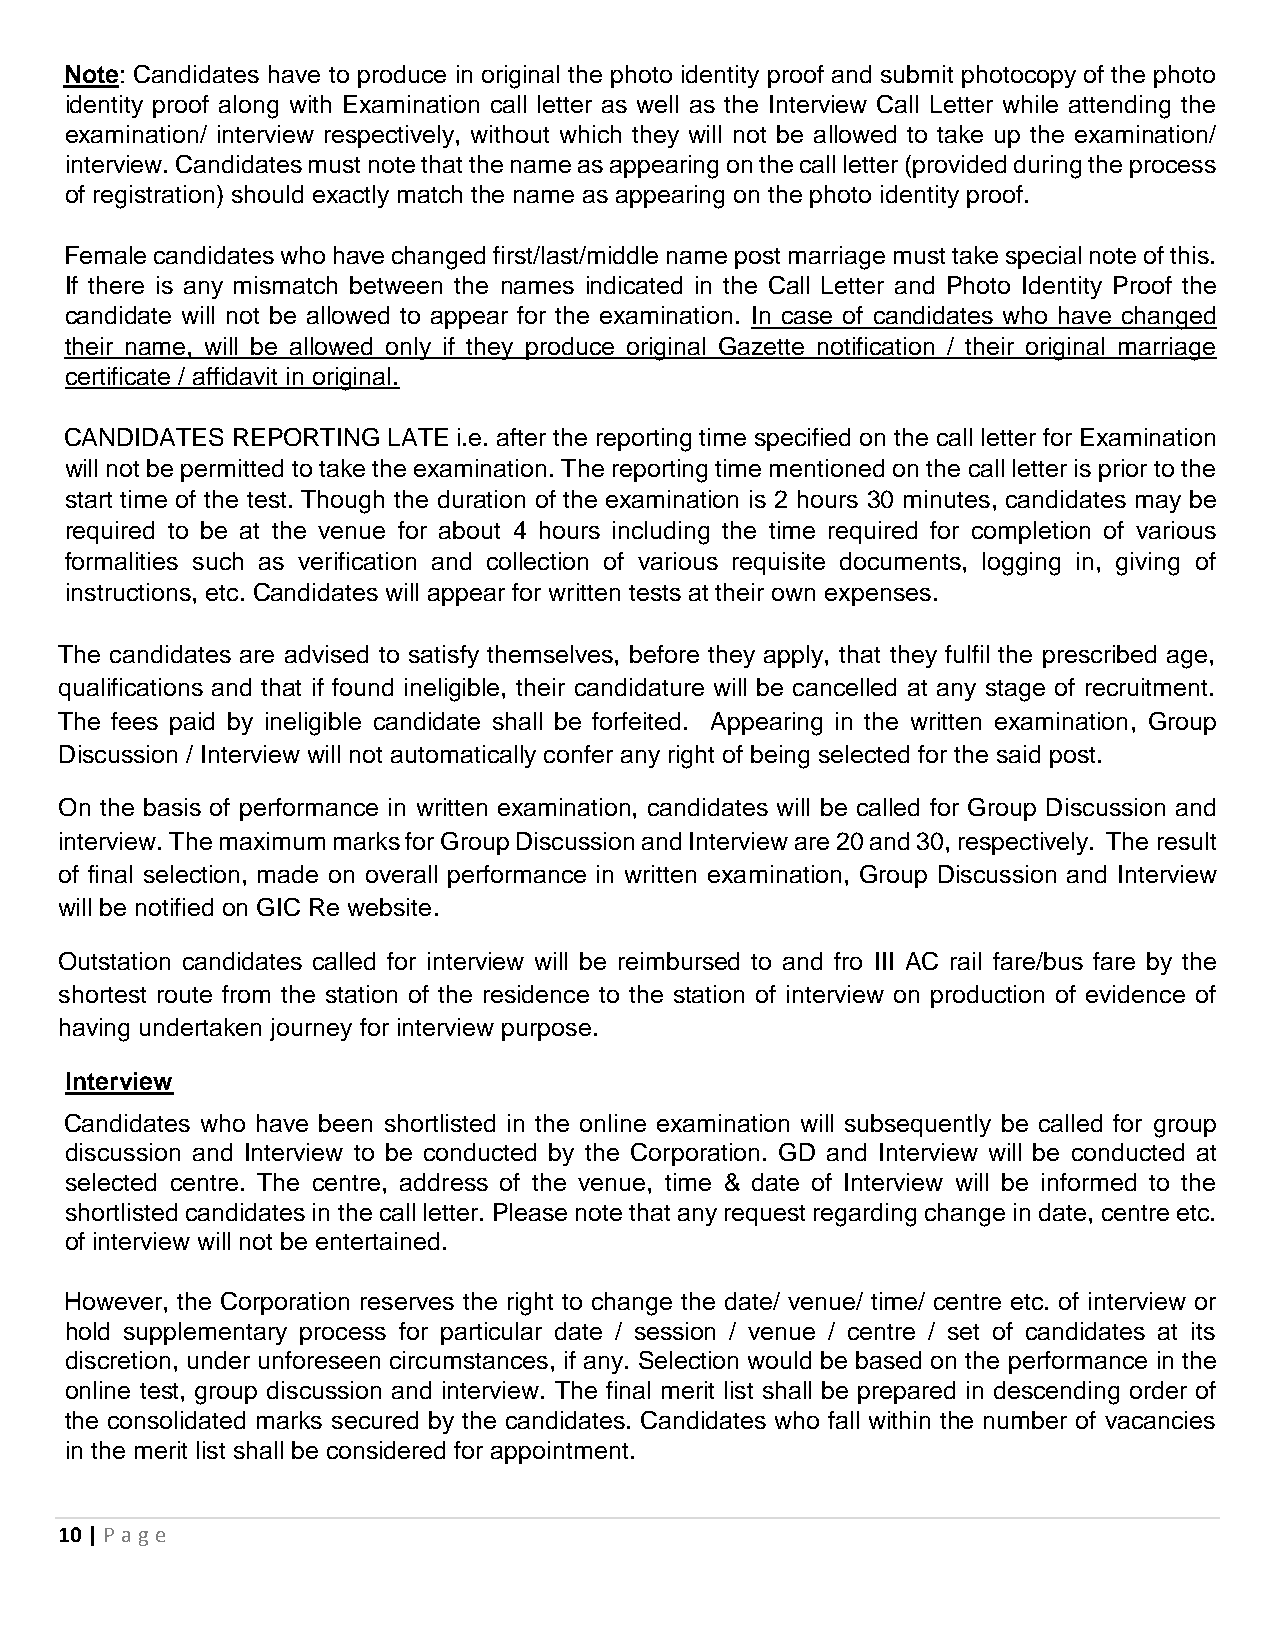
Note: Candidates have to produce in original the photo identity proof and submit photocopy of the photo
 identity proof along with Examination call letter as well as the Interview Call Letter while attending the
 examination/ interview respectively, without which they will not be allowed to take up the examination/
 interview. Candidates must note that the name as appearing on the call letter (provided during the process
 of registration) should exactly match the name as appearing on the photo identity proof.
 Female candidates who have changed first/last/middle name post marriage must take special note of this.
 If there is any mismatch between the names indicated in the Call Letter and Photo Identity Proof the
 candidate will not be allowed to appear for the examination. In case of candidates who have changed
 their name, will be allowed only if they produce original Gazette notification / their original marriage
 certificate / affidavit in original.
 CANDIDATES REPORTING  LATE i.e. after the reporting time specified on the call letter for Examination
 will not be permitted to take the examination. The reporting time mentioned on the call letter is prior to the
 start time of the test. Though the duration of the examination is 2 hours 30 minutes, candidates may be
 required to be at the venue for about 4 hours including the time required for completion of various
 formalities such as verification and collection of various requisite documents, logging in, giving of
 instructions, etc. Candidates will appear for written tests at their own expenses.
 The candidates are advised to satisfy themselves, before they apply, that they fulfil the prescribed age,
 qualifications and that if found ineligible, their candidature will be cancelled at any stage of recruitment.
 The fees paid by ineligible candidate shall be forfeited. Appearing in the written examination, Group
 Discussion / Interview will not automatically confer any right of being selected for the said post.
 On the basis of performance in written examination, candidates will be called for Group Discussion and
 interview. The maximum marks for Group Discussion and Interview are 20 and 30, respectively. The result
 of final selection, made on overall performance in written examination, Group Discussion and Interview
 will be notified on GIC Re website.
 Outstation candidates called for interview will be reimbursed to and fro III AC rail fare/bus fare by the
 shortest route from the station of the residence to the station of interview on production of evidence of
 having undertaken journey for interview purpose.
 Interview
 Candidates who have been shortlisted in the online examination will subsequently be called for group
 discussion and Interview to be conducted by the Corporation. GD and Interview will be conducted at
 selected centre. The centre, address of the venue, time & date of Interview will be informed to the
 shortlisted candidates in the call letter. Please note that any request regarding change in date, centre etc.
 of interview will not be entertained.
 However, the Corporation reserves the right to change the date/ venue/ time/ centre etc. of interview or
 hold supplementary process for particular date / session / venue / centre / set of candidates at its
 discretion, under unforeseen circumstances, if any. Selection would be based on the performance in the
 online test, group discussion and interview. The final merit list shall be prepared in descending order of
 the consolidated marks secured by the candidates. Candidates who fall within the number of vacancies
 in the merit list shall be considered for appointment.
 10 | P age